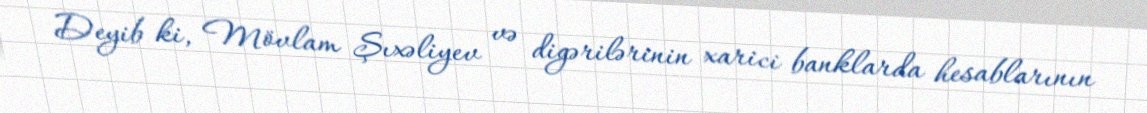
Deyib ki, Mövlam Şıxəliyev və digərilərinin xarici banklarda hesablarının